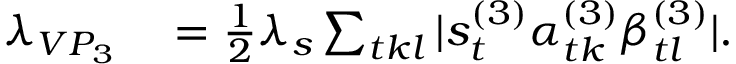
\begin{array} { r l } { \lambda _ { V P _ { 3 } } } & { { } = \frac { 1 } { 2 } \lambda _ { s } \sum _ { t k l } | s _ { t } ^ { ( 3 ) } \alpha _ { t k } ^ { ( 3 ) } \beta _ { t l } ^ { ( 3 ) } | . } \end{array}